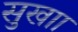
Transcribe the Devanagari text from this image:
सुखाा